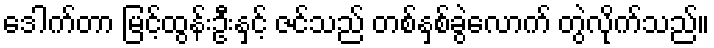
ဒေါက်တာ မြင့်ထွန်းဦးနှင့် ဇင်သည် တစ်နှစ်ခွဲလောက် တွဲလိုက်သည်။